Code of medical and sanitary regulations for the guidance of medical officers serving in the Madras Presidency - Volume I
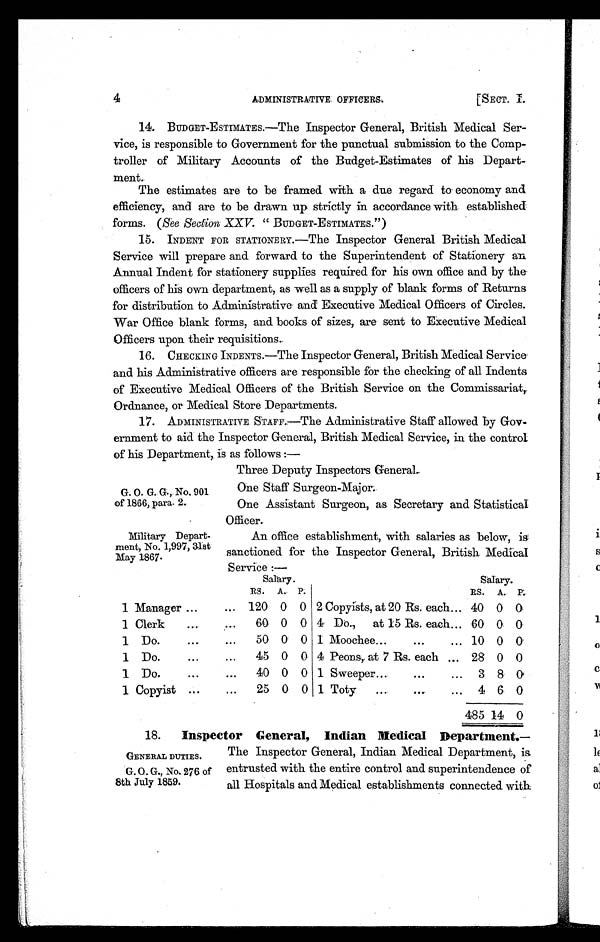
4
ADMINISTRATIVE. OFFICERS:
[SECT.
G. 0. G. G., No. 901
of 1866, para. 2.
Military Depart-
ment, No. 1,997, 31st
May 1867.
14. BUDGET-ESTIMATES.—The Inspector General, British Medical Ser-
vice, is responsible to Government for the punctual submission to the Comp-
troller of Military Accounts of the Budget-Estimates of his Depart-
ment.
The estimates are to be framed with a due regard to economy and
efficiency, and are to be drawn up strictly in accordance with established
forms. (See Section XXV. " BUDGET-ESTIMATES.")
15. INDENT FOR STATIONERY.—The Inspector General British Medical
Service will prepare and forward to the Superintendent of Stationery an
Annual Indent for stationery supplies required for his own office and by the
officers of his own department, as well as a supply of blank forms of Returns
for distribution to Administrative and Executive Medical Officers of Circles.
War Office blank forms, and books of sizes, are sent to Executive Medical
Officers upon their requisitions..
16. CHECKING INDENTS.—The Inspector General, British Medical Service
and his Administrative officers are responsible for the checking of all Indents
of Executive Medical Officers of the British Service on the Commissariat,
Ordnance, or Medical Store Departments.
17. ADMINISTRATIVE STAFF.—The Administrative Staff allowed by Gov-
ernment to aid the Inspector General, British Medical Service, in the control
of his Department. is as follows :—
Three Deputy Inspectors General.
One Staff Surgeon-Major.
One Assistant Surgeon, as Secretary and Statistical
Officer.
An office establishment, with salaries as below, is
sanctioned for the Inspector General, British Medical
.Service —
Salary.
Salary.
1
RS. A. P.
RS. A. P.
1 Manager
... 120 0 0 2 Copyists, at 20 Rs. each... 40 0 0
1
.
Clerk
...
60 0 0 4 Do., at 15 Rs. each... 60 0 0
1 Do.
...
...
50 0 0 1 Moochee...
•••
... 10 0 0
1 Do.
...
...
45 0 0 4 Peons, at 7 Rs. each ... 28 0 0
1 Do.
•••
....
40 0 0 1 Sweeper...
...
... 3 8 0
1 Copyist ...
...
25 0 0 1 Toty
...
•..
... 4 6 0
485 14 0
18. Inspector General, Indian Medical Department.—
GENERAL DUTIES. The Inspector General, Indian Medical Department, is
entrusted with the entire control and superintendence of
all Hospitals and Medical establishments connected with
G. O. G., No. 276 of
8th July 1859.